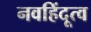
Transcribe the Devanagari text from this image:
नवहिंदूत्व